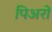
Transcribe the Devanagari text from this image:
पिअरो